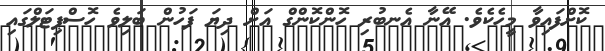
ކޮށްފައިވާ މީހެކެވެ. އޭނާ އެނބުރި ހޮންކޮންގް އަށް ދިޔަ ފަހުން ބަލިވެ ހޮސްޕިޓަލްގައި